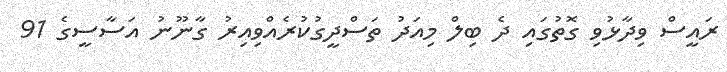
ރައީސް ވިދާޅުވި ގޮތުގައި ދެ ބިލް މިއަދު ތަސްދީގުކުރެއްވިއިރު ގާނޫނު އަސާސީގެ 91